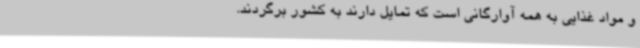
و مواد غذایی به همه آوارگانی است که تمایل دارند به کشور برگردند.